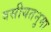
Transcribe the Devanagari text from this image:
वसीयतनुमा